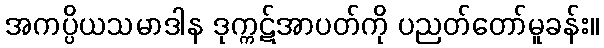
အကပ္ပိယသမာဒါန ဒုက္ကဋ်အာပတ်ကို ပညတ်တော်မူခန်း။